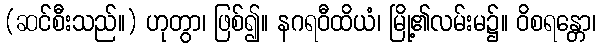
(ဆင်စီးသည်။) ဟုတွာ၊ ဖြစ်၍။ နဂရဝီထိယံ၊ မြို့၏လမ်းမ၌။ ဝိစရန္တော၊